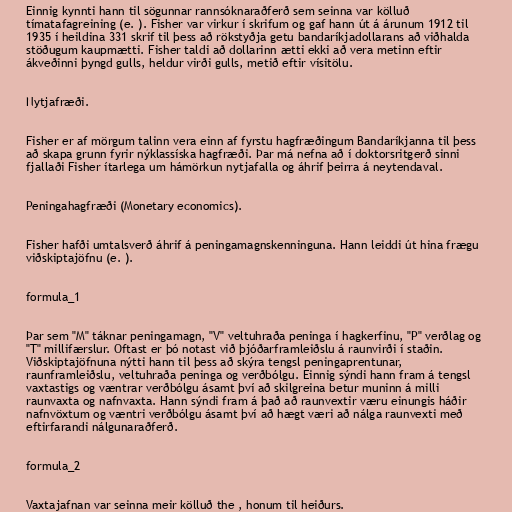
Einnig kynnti hann til sögunnar rannsóknaraðferð sem seinna var kölluð
tímatafagreining (e. ). Fisher var virkur í skrifum og gaf hann út á árunum 1912 til
1935 í heildina 331 skrif til þess að rökstyðja getu bandaríkjadollarans að viðhalda
stöðugum kaupmætti. Fisher taldi að dollarinn ætti ekki að vera metinn eftir
ákveðinni þyngd gulls, heldur virði gulls, metið eftir vísitölu.

Nytjafræði.

Fisher er af mörgum talinn vera einn af fyrstu hagfræðingum Bandaríkjanna til þess
að skapa grunn fyrir nýklassíska hagfræði. Þar má nefna að í doktorsritgerð sinni
fjallaði Fisher ítarlega um hámörkun nytjafalla og áhrif þeirra á neytendaval.

Peningahagfræði (Monetary economics).

Fisher hafði umtalsverð áhrif á peningamagnskenninguna. Hann leiddi út hina frægu
viðskiptajöfnu (e. ).

formula_1

Þar sem "M" táknar peningamagn, "V" veltuhraða peninga í hagkerfinu, "P" verðlag og
"T" millifærslur. Oftast er þó notast við þjóðarframleiðslu á raunvirði í staðin.
Viðskiptajöfnuna nýtti hann til þess að skýra tengsl peningaprentunar,
raunframleiðslu, veltuhraða peninga og verðbólgu. Einnig sýndi hann fram á tengsl
vaxtastigs og væntrar verðbólgu ásamt því að skilgreina betur muninn á milli
raunvaxta og nafnvaxta. Hann sýndi fram á það að raunvextir væru einungis háðir
nafnvöxtum og væntri verðbólgu ásamt því að hægt væri að nálga raunvexti með
eftirfarandi nálgunaraðferð.

formula_2

Vaxtajafnan var seinna meir kölluð the , honum til heiðurs.